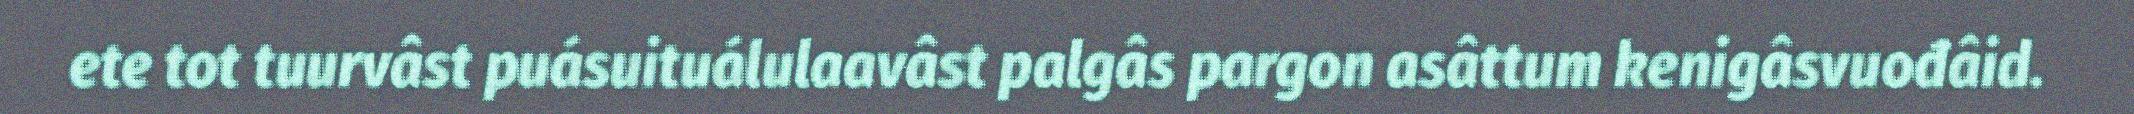
ete tot tuurvâst puásuituálulaavâst palgâs pargon asâttum kenigâsvuođâid.